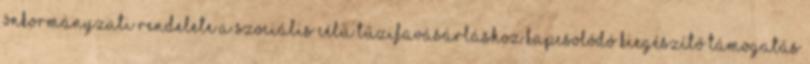
önkormányzati rendelete a szociális célú tűzifavásárláshoz kapcsolódó kiegészítő támogatás